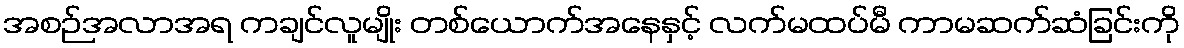
အစဉ်အလာအရ ကချင်လူမျိုး တစ်ယောက်အနေနှင့် လက်မထပ်မီ ကာမဆက်ဆံခြင်းကို